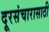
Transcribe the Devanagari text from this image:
दूरसंचारासाठी